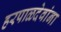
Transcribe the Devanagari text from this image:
हरपाळदेवांना